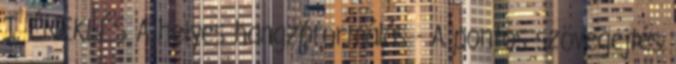
I. ÉNEKLÉS A helyes hangzóformálás - A pontos szövegejtés